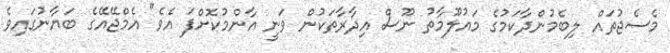
މެސެޖުތައް ލިބެމުންދާކަމުގެ މައުލޫމާތު ނޫސް އިދާރާތަކުން ވަނީ އާންމުކޮށްފަ އެވެ" އެމްޖޭއޭގެ ބަޔާނުގައިވެ